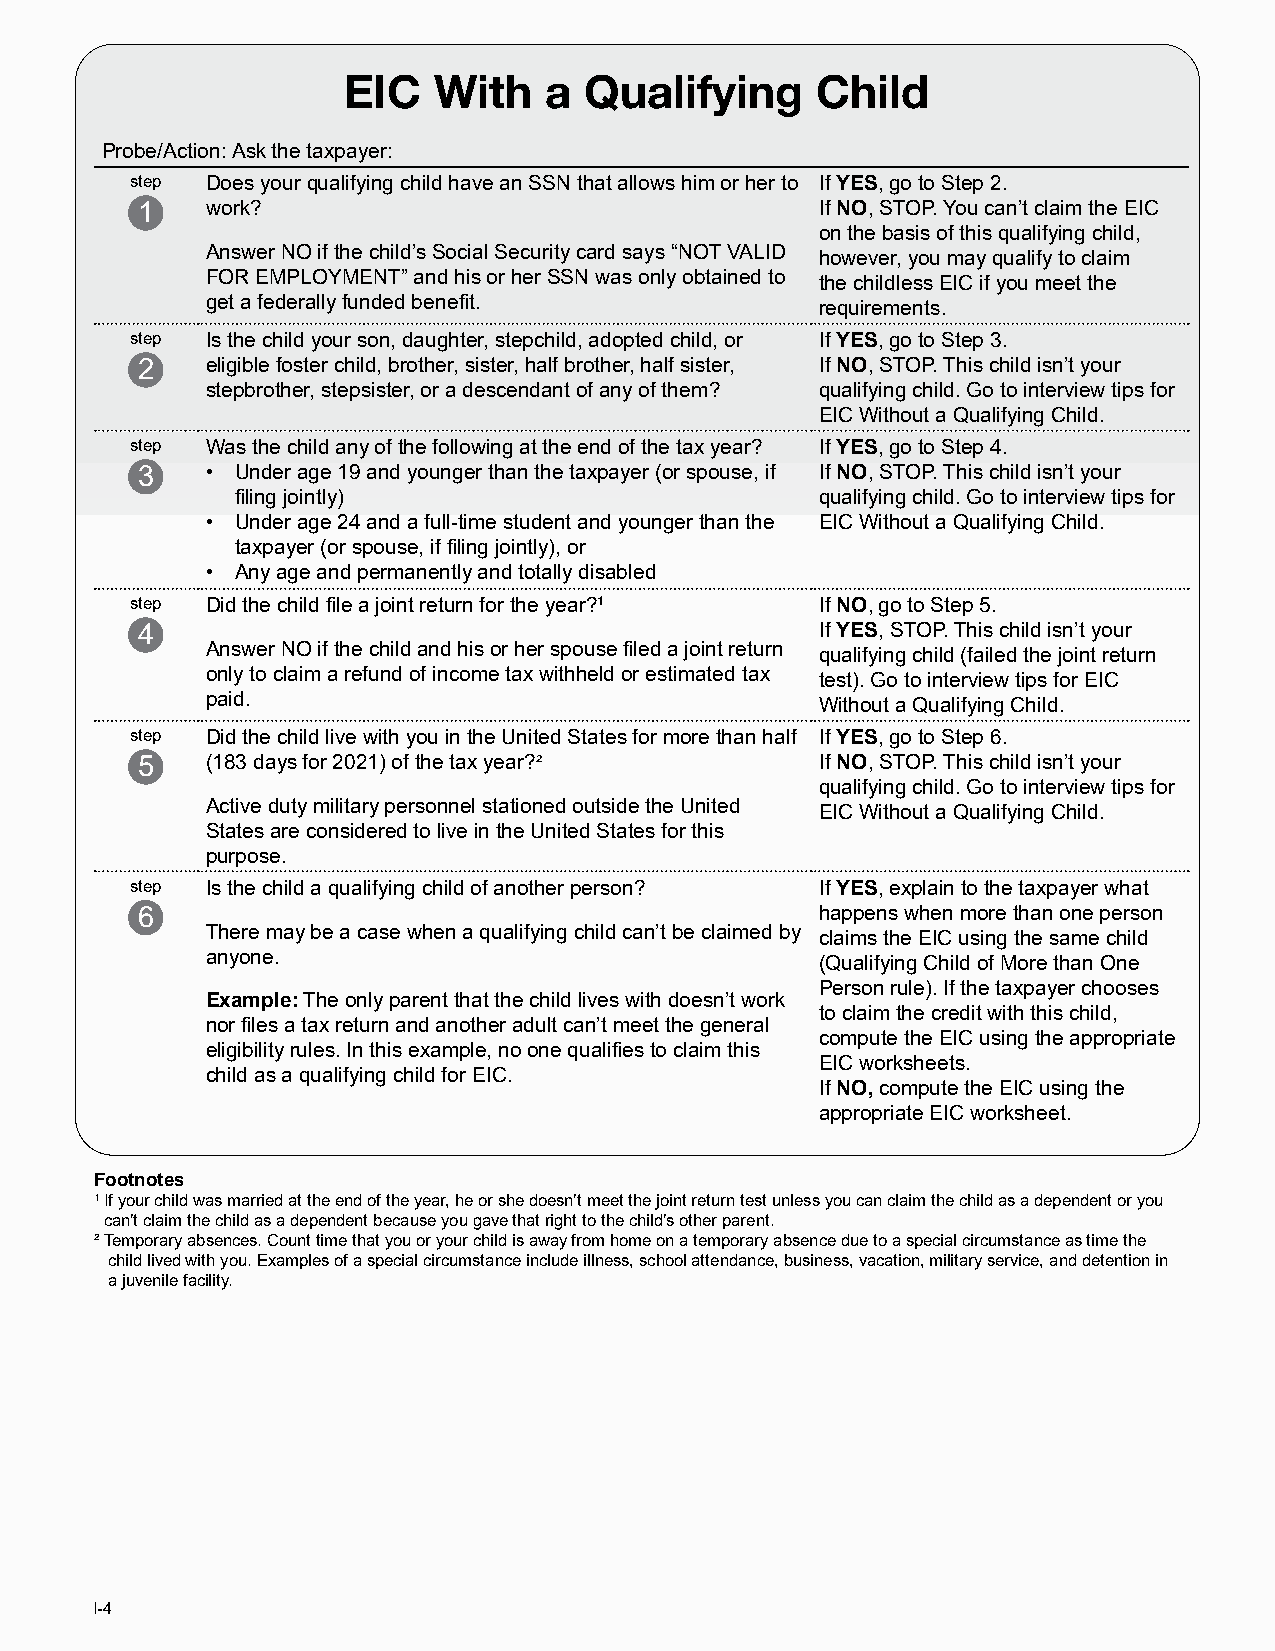
EIC   With   a  Qualifying     Child
 Probe/Action: Ask the taxpayer:
 step Does your qualifying child have an SSN that allows him or her to If YES, go to Step 2.
 1    work?                                   If NO, STOP. You can’t claim the EIC
 on the basis of this qualifying child,
 Answer NO if the child’s Social Security card says “NOT VALID however, you may qualify to claim
 FOR EMPLOYMENT” and his or her SSN was only obtained to the childless EIC if you meet the
 get a federally funded benefit.         requirements.
 step Is the child your son, daughter, stepchild, adopted child, or If YES, go to Step 3.
 2    eligible foster child, brother, sister, half brother, half sister, If NO, STOP. This child isn’t your
 stepbrother, stepsister, or a descendant of any of them? qualifying child. Go to interview tips for
 EIC Without a Qualifying Child.
 step Was the child any of the following at the end of the tax year? If YES, go to Step 4.
 3    • Under age 19 and younger than the taxpayer (or spouse, if If NO, STOP. This child isn’t your
 filing jointly)                       qualifying child. Go to interview tips for
 • Under age 24 and a full-time student and younger than the EIC Without a Qualifying Child.
 taxpayer (or spouse, if filing jointly), or
 • Any age and permanently and totally disabled
 step Did the child file a joint return for the year?1 If NO, go to Step 5.
 4                                            If YES, STOP. This child isn’t your
 Answer NO if the child and his or her spouse filed a joint return qualifying child (failed the joint return
 only to claim a refund of income tax withheld or estimated tax test). Go to interview tips for EIC
 paid.                                   Without a Qualifying Child.
 step Did the child live with you in the United States for more than half If YES, go to Step 6.
 5    (183 days for 2021) of the tax year?²   If NO, STOP. This child isn’t your
 qualifying child. Go to interview tips for
 Active duty military personnel stationed outside the United EIC Without a Qualifying Child.
 States are considered to live in the United States for this
 purpose.
 step Is the child a qualifying child of another person? If YES, explain to the taxpayer what
 6                                            happens when more than one person
 There may be a case when a qualifying child can’t be claimed by claims the EIC using the same child
 anyone.                                 (Qualifying Child of More than One
 Person rule). If the taxpayer chooses
 Example: The only parent that the child lives with doesn’t work
 to claim the credit with this child,
 nor files a tax return and another adult can’t meet the general
 compute the EIC using the appropriate
 eligibility rules. In this example, no one qualifies to claim this
 EIC worksheets.
 child as a qualifying child for EIC.
 If NO, compute the EIC using the
 appropriate EIC worksheet.
 Footnotes
 1 If your child was married at the end of the year, he or she doesn’t meet the joint return test unless you can claim the child as a dependent or you
 can’t claim the child as a dependent because you gave that right to the child’s other parent.
 ² Temporary absences. Count time that you or your child is away from home on a temporary absence due to a special circumstance as time the
 child lived with you. Examples of a special circumstance include illness, school attendance, business, vacation, military service, and detention in
 a juvenile facility.
 I-4